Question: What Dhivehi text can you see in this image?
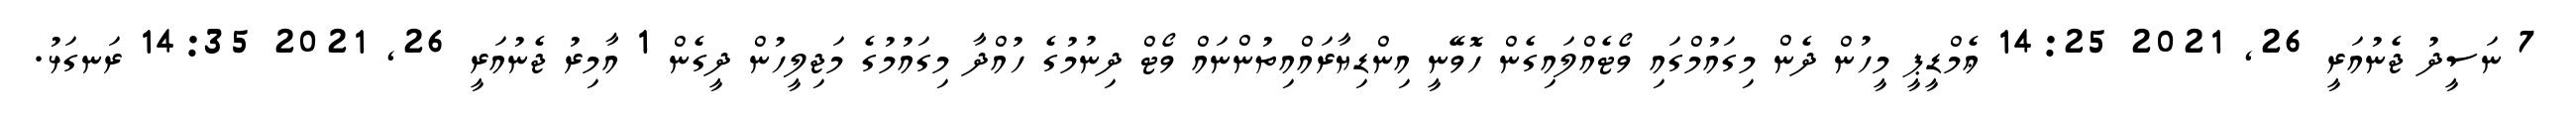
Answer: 7 ނަސީދު ޖެނުއަރީ 26, 2021 14:25 ޢެމްޑީޕީ މީހުން ދެން މިގައުމްގައި ވޯޓެއްލައިގެން ހޮވޭނީ އިންޑިޔާރައްއިތުންނައް ވޯޓް ދިނުމުގެ ހުއްދާ މިގައުމުގެ މަޖިލީހުން ދީގެން 1 އާމިރު ޖެނުއަރީ 26, 2021 14:35 ރަނގަޅު.